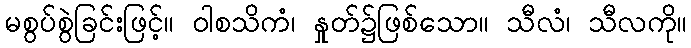
မစွပ်စွဲခြင်းဖြင့်။ ဝါစသိကံ၊ နှုတ်၌ဖြစ်သော။ သီလံ၊ သီလကို။